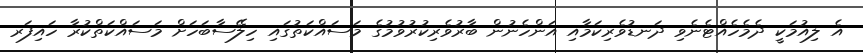
އެ ލިއުމަކީ ދެމެހެއްޓެނެވި ދަނޑުވެރިކަމާއި އަންހެނުން ބާރުވެރިކުރުވުމުގެ މަސައްކަތުގައި ހިލޭސާބަހަށް މަސައްކަތްކުރާ ހައިފަރ